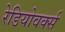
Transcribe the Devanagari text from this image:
रेडियोवर्क्स